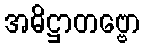
အဓိဋ္ဌာတဗ္ဗော